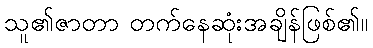
သူ၏ဇာတာ တက်နေဆုံးအချိန်ဖြစ်၏။